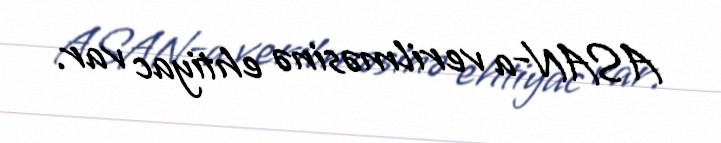
ASAN-a verilməsinə ehtiyac var.